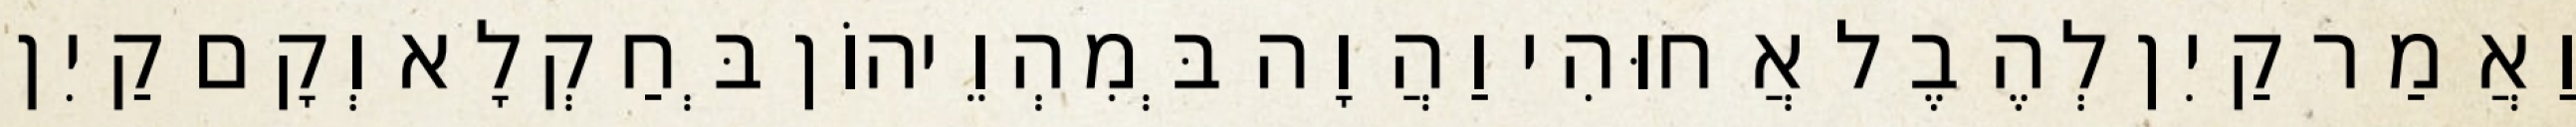
וַאֲמַר קַיִן לְהֶבֶל אֲחוּהִי וַהֲוָה בְּמִהְוֵיהוֹן בְּחַקְלָא וְקָם קַיִן